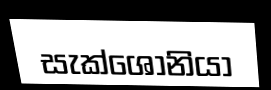
සැක්ශොනියා